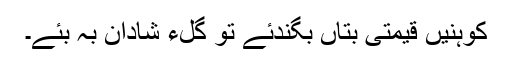
کوہنیں قیمتی بُتاں بگندئے تو گلءُ شادان بہ بئے۔